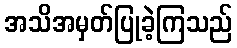
အသိအမှတ်ပြုခဲ့ကြသည်